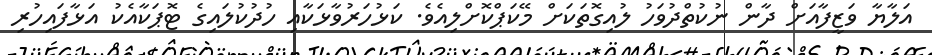
އަލާޔާ ވަޒީފާއަށް ދާން ނުކުތްދުވަހު ލުއިގޮތަކަށް މޭކަޕްކޮށްލިއެވެ. ކަޅުހަރުވާޅަކާއި ހުދުކުލައިގެ ޓޮޕަކާއެކު އަޅާފައިހުރި